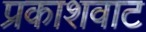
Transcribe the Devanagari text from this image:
प्रकाशवाट